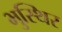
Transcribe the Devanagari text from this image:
भुस्थिर